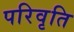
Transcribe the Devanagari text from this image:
परिवृति